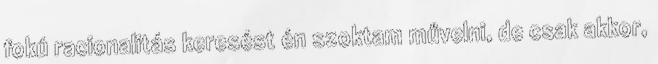
fokú racionalitás keresést én szoktam művelni, de csak akkor,